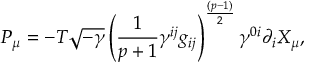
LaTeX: P _ { \mu } = - T \sqrt { - \gamma } \left( { \frac { 1 } { p + 1 } } \gamma ^ { i j } g _ { i j } \right) ^ { \frac { ( p - 1 ) } { 2 } } \gamma ^ { 0 i } \partial _ { i } X _ { \mu } ,